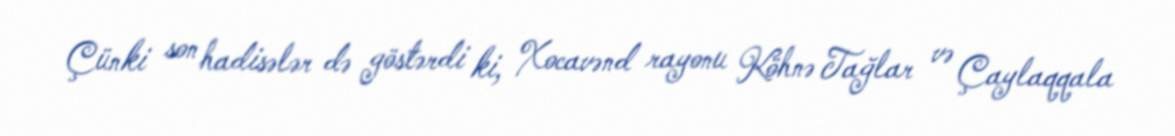
Çünki son hadisələr də göstərdi ki, Xocavənd rayonu Köhnə Tağlar və Çaylaqqala